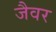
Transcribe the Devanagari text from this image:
जैवर